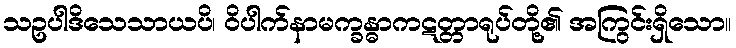
သဥပါဒိသေသာယပိ၊ ဝိပါက်နာမက္ခန္ဓာကဋတ္တာရုပ်တို့၏ အကြွင်းရှိသော။